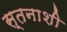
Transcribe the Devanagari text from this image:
स्तनाशी